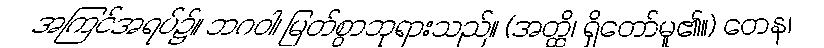
အကြင်အရပ်၌။ ဘဂဝါ၊ မြတ်စွာဘုရားသည်။ (အတ္ထိ၊ ရှိတော်မူ၏။) တေန၊